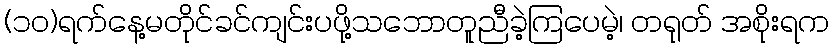
(၁၀)ရက်နေ့မတိုင်ခင်ကျင်းပဖို့သဘောတူညီခဲ့ကြပေမဲ့၊ တရုတ် အစိုးရက